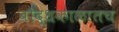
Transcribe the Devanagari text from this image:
बौद्धकाळातच